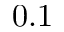
0 . 1